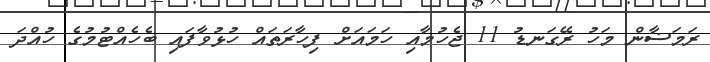
ރަމަޟާން މަހު ރޭގަނޑު 11 ޖެހުމާއި ހަމައަށް ފިހާރަތައް ހުޅުވާފައި ބެހެއްޓުމުގެ ހުއްދަ